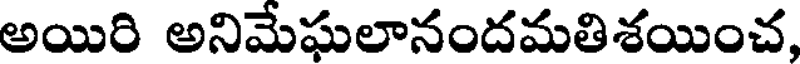
అయిరి అనిమేఘలానందమతిశయించ,